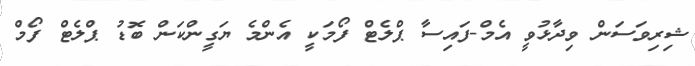
ޝިރިވަސަން ވިދާޅުވީ އެމް-ފައިސާ ޕްލެޓް ފޯމަކީ އެންމެ ޔަގީންކަން ބޮޑު ޕްލެޓް ފޯމް